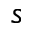
s